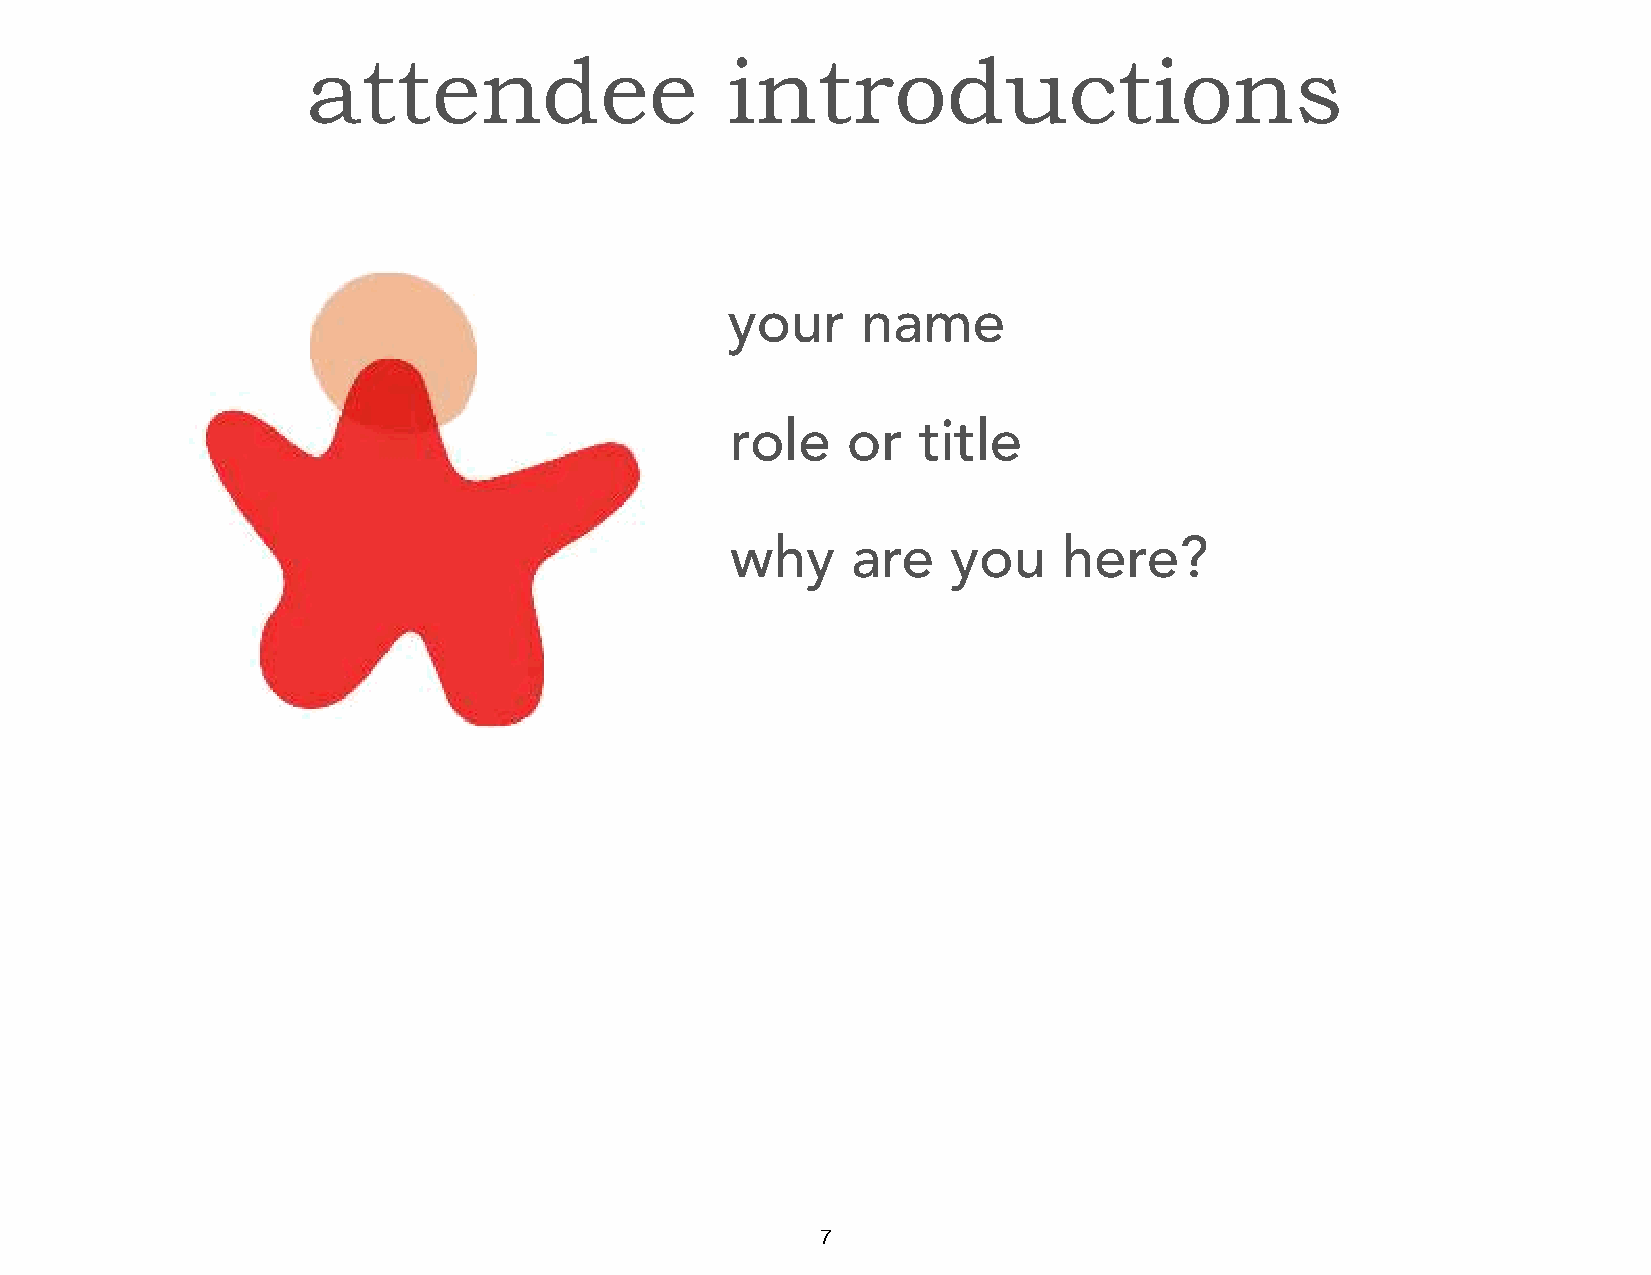
attendee                    introductions
 your     name
 role    or   title
 why     are    you    here?
 7